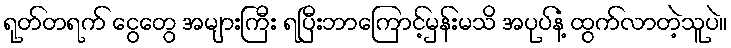
ရုတ်တရက် ငွေတွေ အများကြီး ရပြီးဘာကြောင့်မှန်းမသိ အပုပ်နံ့ ထွက်လာတဲ့သူပဲ။